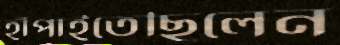
হাঁপাইতেছিলেন